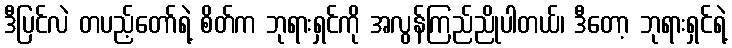
ဒီပြင်လဲ တပည့်တော်ရဲ့ စိတ်က ဘုရားရှင်ကို အလွန်ကြည်ညိုပါတယ်၊ ဒီတော့ ဘုရားရှင်ရဲ့